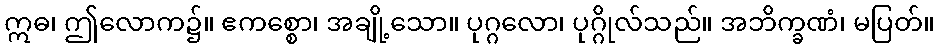
ဣဓ၊ ဤလောက၌။ ဧကစ္စော၊ အချို့သော။ ပုဂ္ဂလော၊ ပုဂ္ဂိုလ်သည်။ အဘိက္ခဏံ၊ မပြတ်။